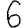
Digit: 6